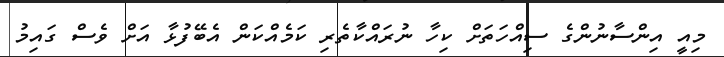
މިއީ އިންސާނުންގެ ސިއްހަތަށް ކިހާ ނުރައްކާތެރި ކަމެއްކަން އެބޭފުޅާ އަށް ވެސް ގައިމު